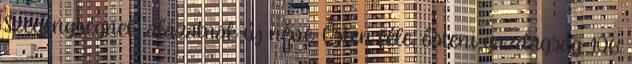
Szegénységnek, alázatnak új neve: Ősten féle, ősteni gazdagság. 106.